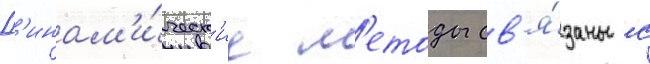
Д'инам'и́ческ'ие м'етоды св'я́заны с